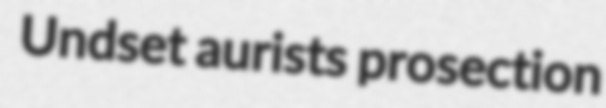
Undset aurists prosection